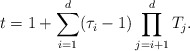
\begin{align*}t=1+\sum_{i=1}^d(\tau_i-1)\prod_{j=i+1}^{d}T_j.\end{align*}